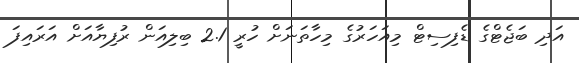
އަދި ބަޖެޓްގެ ޑެފިސިޓް މިއަހަރުގެ މިހާތަނަށް ހުރީ 2.1 ބިލިއަން ރުފިޔާއަށް އަރައިފަ